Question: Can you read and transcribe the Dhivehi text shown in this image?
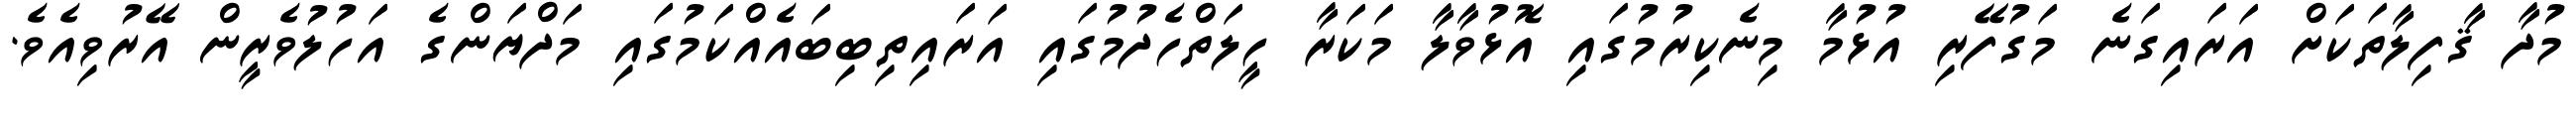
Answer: މުދާ ޤާފިލާތަކަށް އަރައިގަނެ މަގުފޭރި އުޅުމާ މިނެކިރުމުގައި އޮޅުވާލާ މަކަރާ ހީލަތްހެދުމުގައި އަރައިތިބިބައެއްކަމުގައި މަދްޔަންގެ އަހުލުވެރީން އޭރުވިއެވެ.